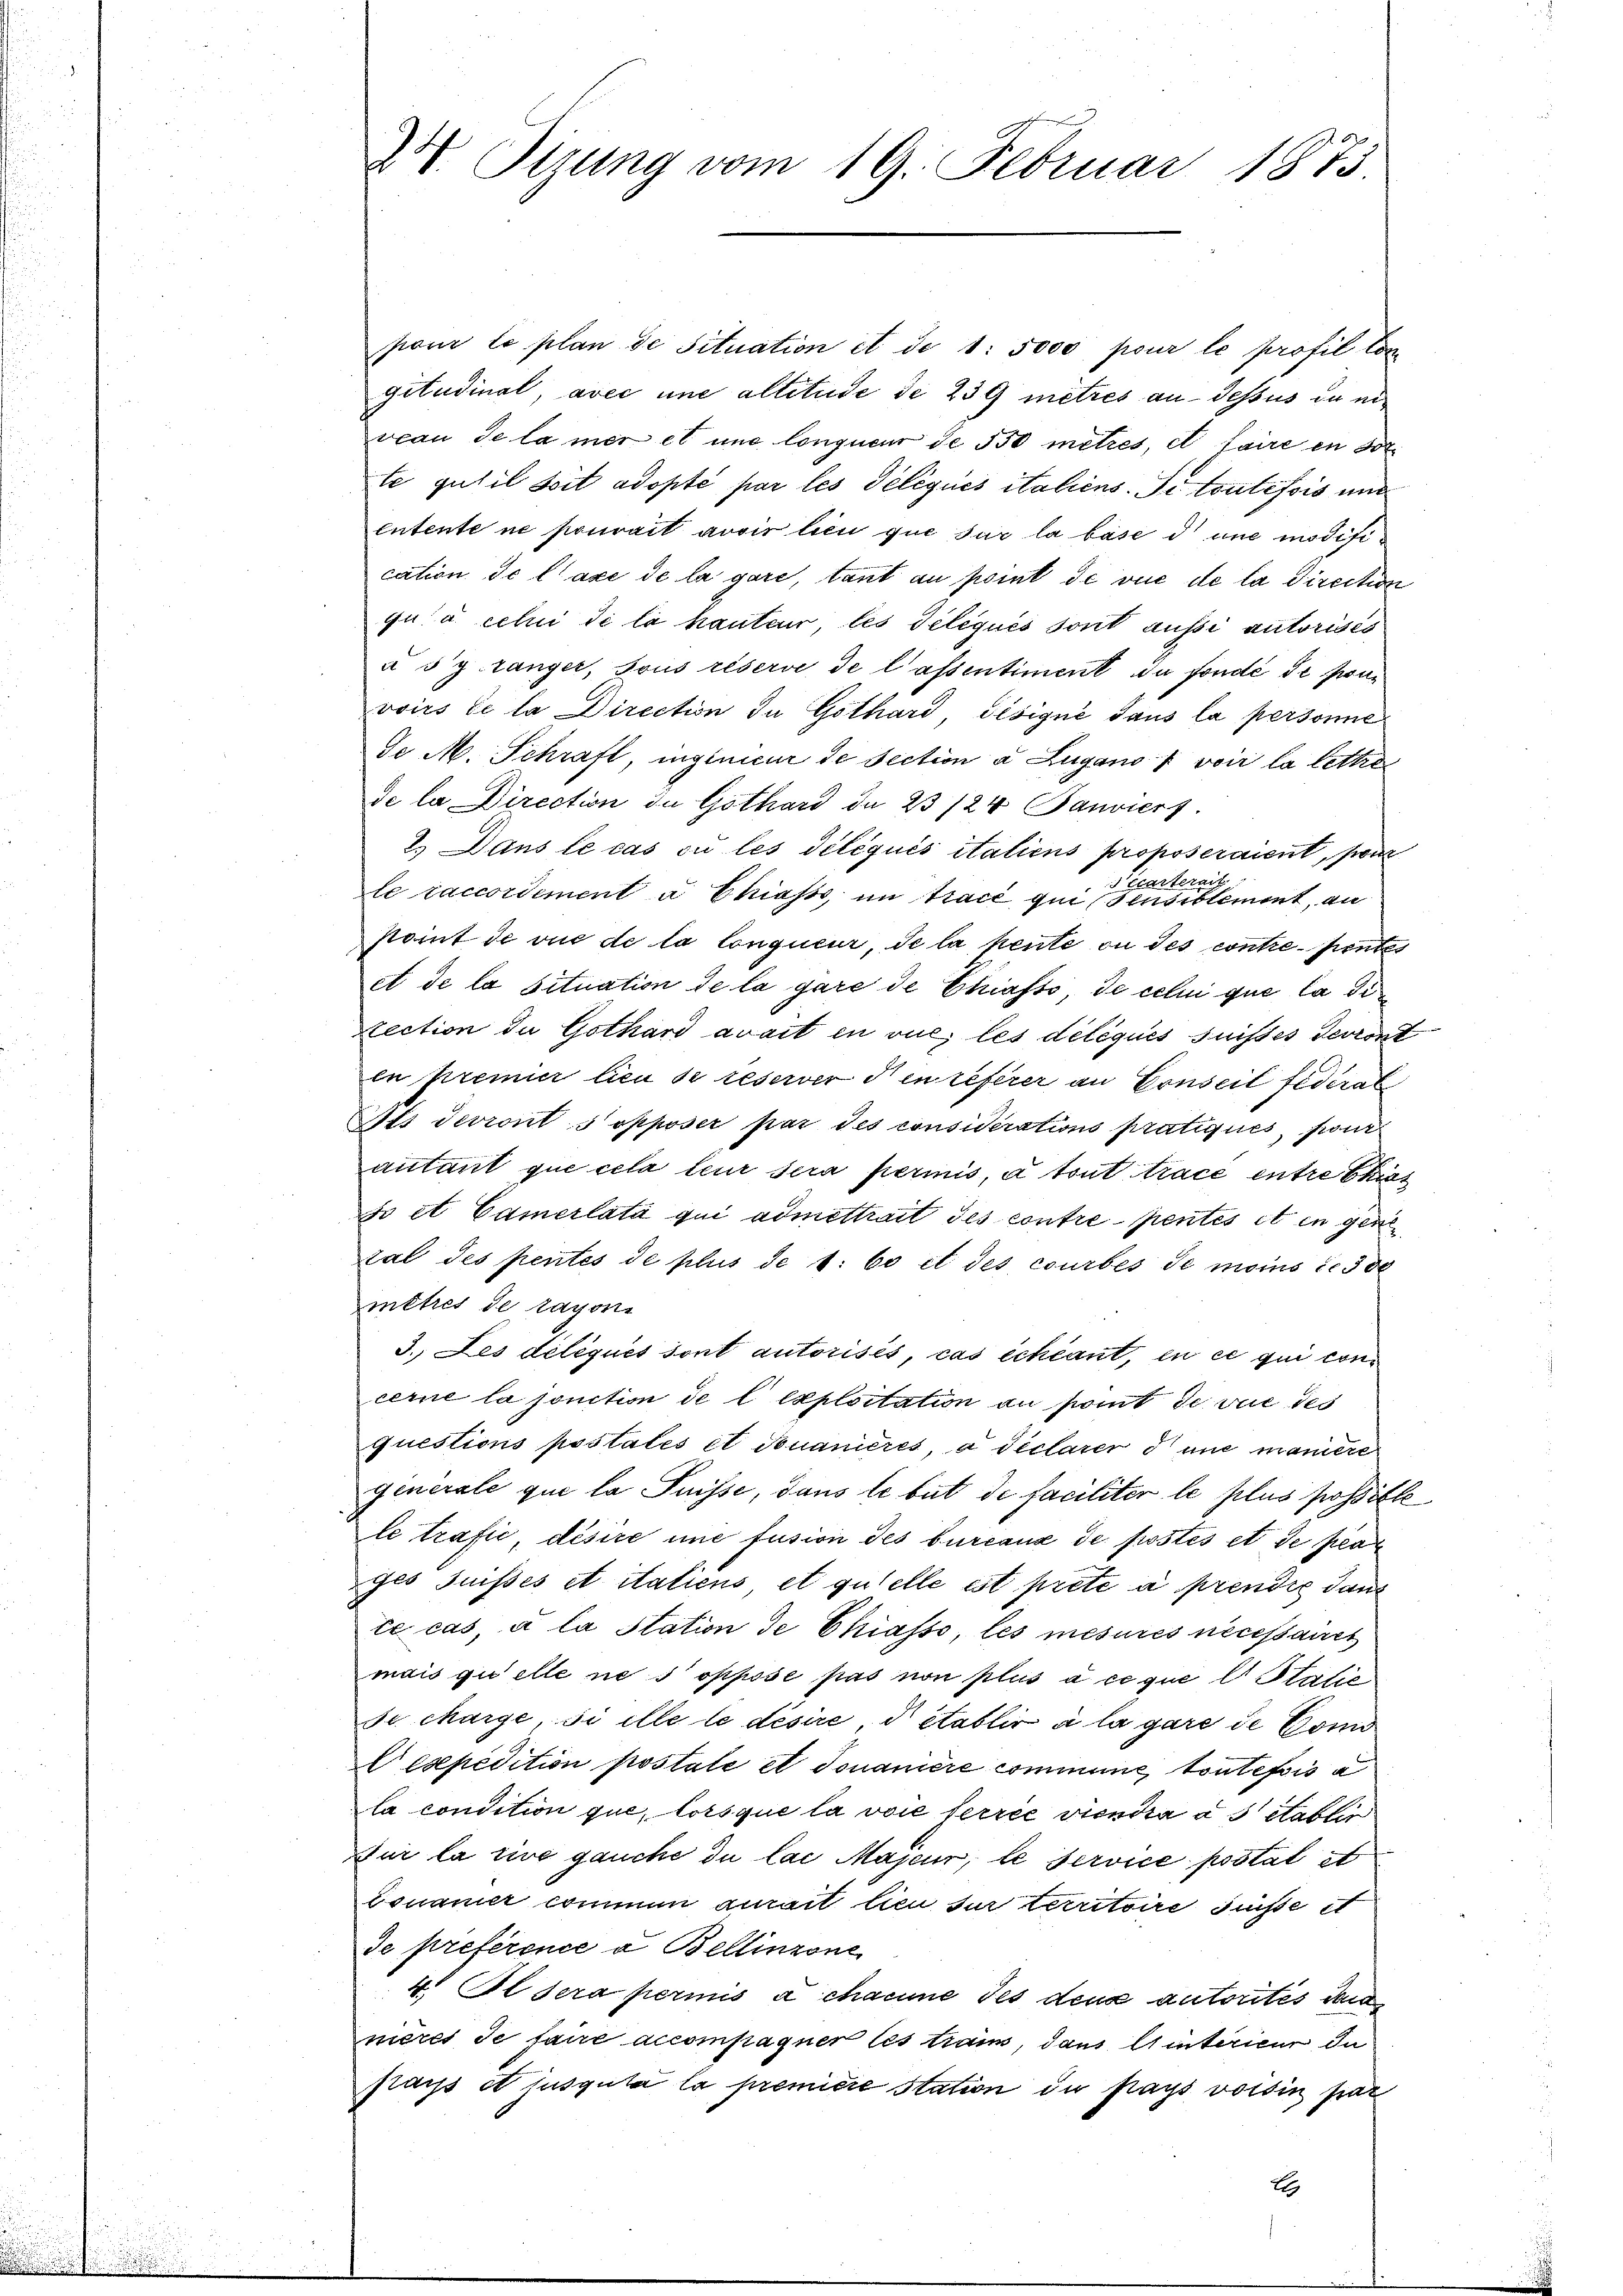
.

24. Tizung vom 19. Februar 1875

pour le plan de Situation et de 1: 5000 pour le profil Congitudinal, avec une altetude de 239 mètres au-dessus in eiveau de la mer et und longuen de 550 metrés, et faire en sol
te gutil soit adopté par les délégués italiens. Si toutefois aus
entente ne pouvait avoir lieu que sur la base d une modification de laxe de la gare, tant au point de vue de la Direction
qui a celui de la hauteur, les Deliqués sont aussi autorisés
à d'y ranger, sous réserve de lassentiment du fondé de proui
voirs le la Direction in Gothard, désigné dans la personne
Fe M. Schraft, ingenieur de section a Zugano u voir la letten
de la Direction de Gothard da 23/24 Janviert.
2.) Dans le cas ou les délégués italiens proposeraient, pour
art
Vicarte
le raccordement à Chiasso im Tracé qui sensiblement, an
point de vue de la longueur, de la pente ou des contre-pentes
et de la situation de la gare de Chiasso de celui que la die
tection de Gothard avait in vue, les déléqués suisses devront
en Kremier lieu de reserver den referer an Conseil fédéral
tts devront s opposer par des considerations pratiqués, pour
autant que cela teur sera permis, à tout trace entre biet
jo et Camerlata qui admettrait des contre pentés et in gene
tal des pentés de plus de 1: 60 et des courbes de moins de 300
mètres de ragone
3. Les déléqués sont autorisés, cas échéant, en ce qui con
cerne la jonction de l’exploitation au point de vue des
questions postatés et douanieres, a déclarer d une maniere
generale que la Puisse, dans le but de faciliter le plus possitte
le trafie désire une fusion des bureaux de postés et de par
Jes Juisses et itatiens et quelle ist preté à prendig dann
te cas, à la Station de Chiasso, les mesures necessanct
mais quelle ne s oppose pas non plus à ce que l Stalić
se charge, si ille le désire, d établir à la gare de Com
Pexpedition postale et Tomanière commune toutefois a
la condition que, lorsque la voie ferrée viendra à 5 etablir
Für la eine gauche du las Majeur, le service postat it
dsnauer commen aurait lieu sur territoire sunste et
de préférence a Bellinzone
4. Il sera permis à chamme des dens autorites dan
nieres de faire accompagner les train, dans Winterieur In
flars et jusguta la premiere station du pays voisin par
E